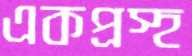
একপ্রস্হ